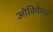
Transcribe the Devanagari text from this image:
ओविपेरस